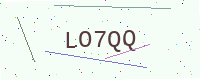
Text: LO7QQ